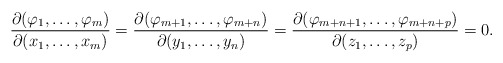
\begin{align*}\frac{\partial (\varphi_{1},\mathellipsis ,\varphi_{m})}{\partial (x_{1},\mathellipsis ,x_{m})}=\frac{\partial (\varphi_{m+1},\mathellipsis ,\varphi_{m+n})}{\partial (y_{1},\mathellipsis ,y_{n})}=\frac{\partial (\varphi_{m+n+1},\mathellipsis ,\varphi_{m+n+p})}{\partial (z_{1},\mathellipsis ,z_{p})}=0.\end{align*}